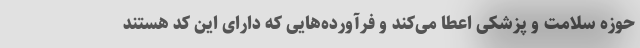
حوزه سلامت و پزشکی اعطا می‌کند و فرآورده‌هایی که دارای این کُد هستند